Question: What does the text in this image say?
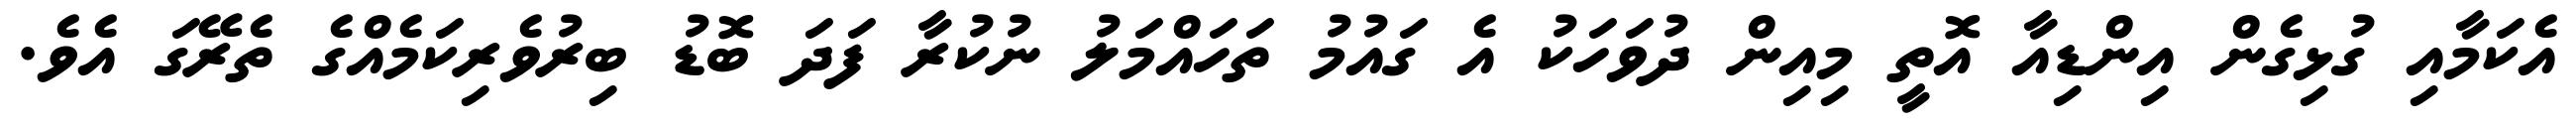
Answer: އެކަމާއި ގުޅިގެން އިންޑިއާ އޮތީ މިއިން ދުވަހަކު އެ ގައުމު ތަހައްމަލު ނުކުރާ ފަދަ ބޮޑު ބިރުވެރިކަމެއްގެ ތެރޭގަ އެވެ.